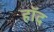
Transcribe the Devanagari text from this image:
हॉद